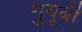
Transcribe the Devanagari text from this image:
गुयूबी